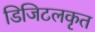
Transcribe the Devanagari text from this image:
डिजिटलकृत